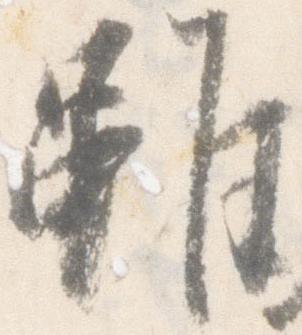
雖